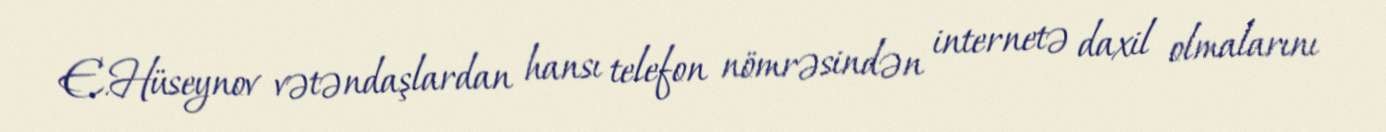
E.Hüseynov vətəndaşlardan hansı telefon nömrəsindən internetə daxil olmalarını